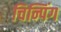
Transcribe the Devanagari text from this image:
चिन्पिंग